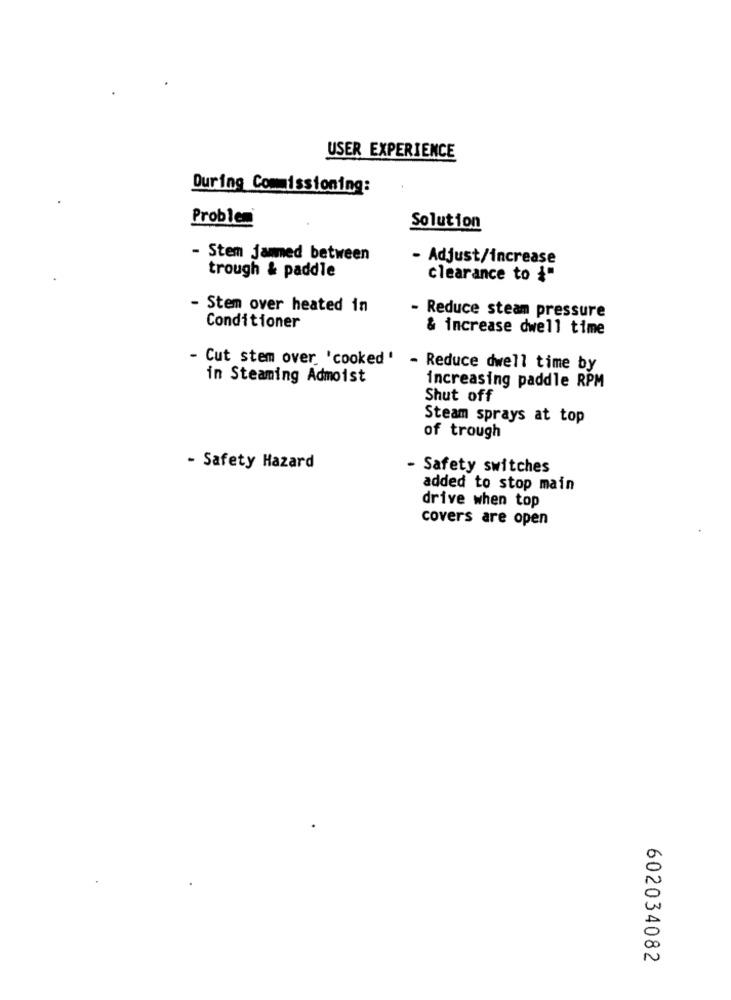
USER EXPERIENCE
During Commissioning:
Problem
Solution
- Stem jammed between
- Adjust/increase
trough & paddle
Clearance to i"
- Stem over heated in
- Reduce steam pressure
Conditioner
& increase dwell time
- Cut stem over 'cooked' - Reduce dwell time by
in Steaming Admoist
increasing paddle RPM
Shut off
Steam sprays at top
of trough
- Safety Hazard
- Safety switches
added to stop main
drive when top
covers are open
602034082